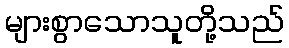
များစွာသောသူတို့သည်